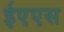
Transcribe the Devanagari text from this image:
ईएएस